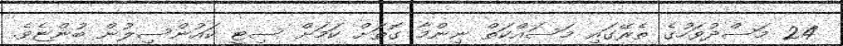
24 މަސްދުވަހުގެ ތެރޭގައި މަސައްކަތް ނިންމާ ގޮތަށް ކަމަށް ސިޓީ ކައުންސިލުން ބުންޏެވެ.